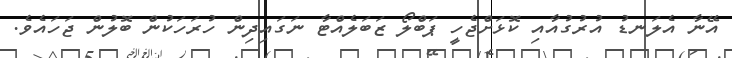
އޭނާ އެލަނޑު އުރުގުއާއި ކޮޅަށްޖެހީ ޕަބްލޯ ޒަބަލެއްޓާ ނަގައިދިން ހުރަހަކުން ބޮލުން ޖަހައެވެ.